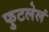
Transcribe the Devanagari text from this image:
फुटलेलं